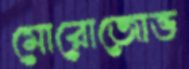
মোরোজোভ